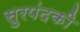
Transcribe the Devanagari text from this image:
सुरपंदकी